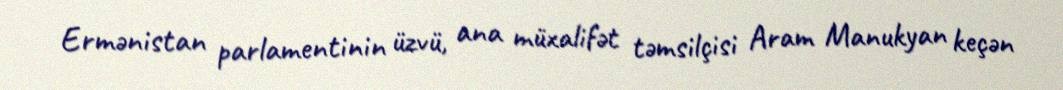
Ermənistan parlamentinin üzvü, ana müxalifət təmsilçisi Aram Manukyan keçən